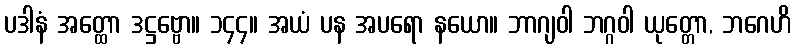
ပဒါနံ အတ္ထော ဒဋ္ဌဗ္ဗော။ ၁၄၄။ အယံ ပန အပရော နယော။ ဘာဂျဝါ ဘဂ္ဂဝါ ယုတ္တော, ဘဂေဟိ